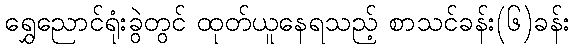
ရွှေညောင်ရုံးခွဲတွင် ထုတ်ယူနေရသည့် စာသင်ခန်း(၆)ခန်း